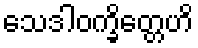
သေဒါဝက္ခိတ္တေဟိ